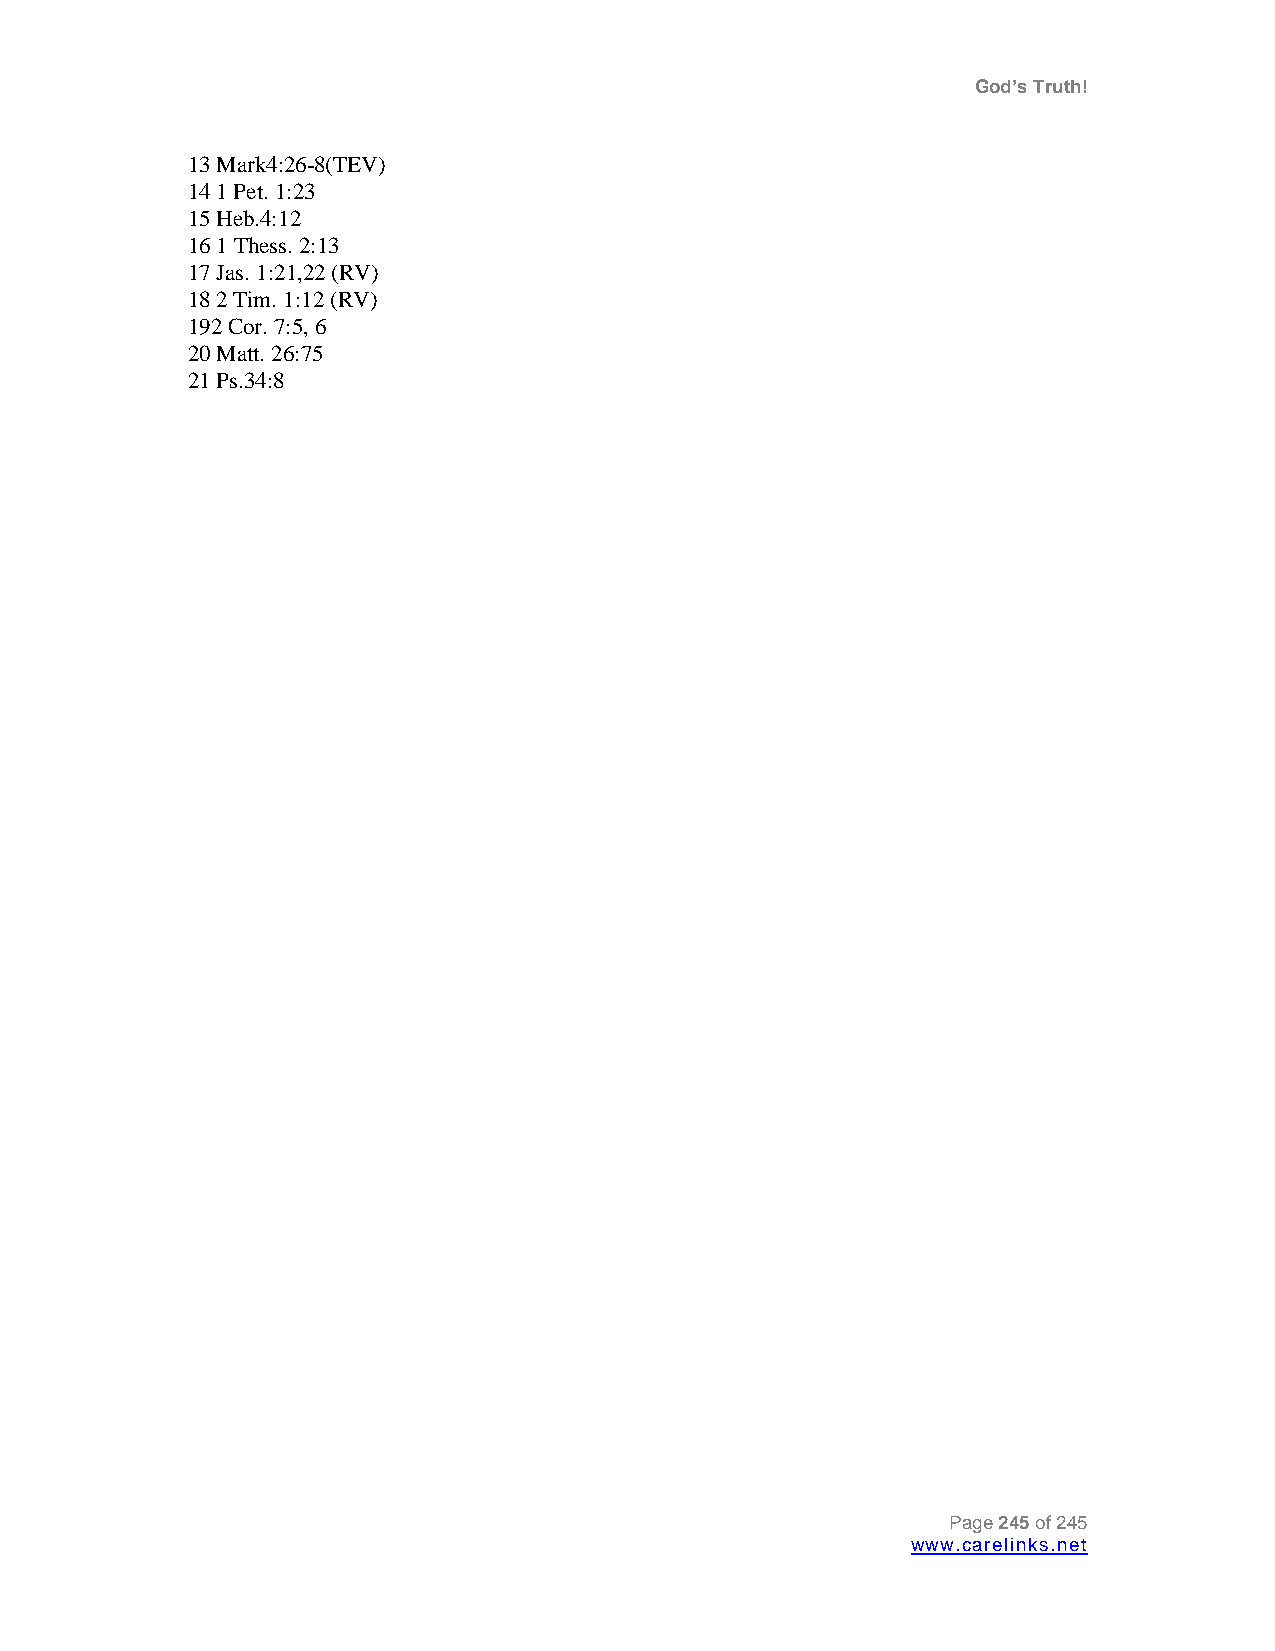
God’s Truth!
 13 Mark4:26-8(TEV)
 14 1 Pet. 1:23
 15 Heb.4:12
 16 1 Thess. 2:13
 17 Jas. 1:21,22 (RV)
 18 2 Tim. 1:12 (RV)
 192 Cor. 7:5, 6
 20 Matt. 26:75
 21 Ps.34:8
 Page 245 of 245
 www.carelinks.net